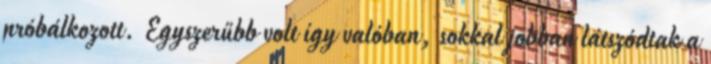
próbálkozott. Egyszerűbb volt így valóban, sokkal jobban látszódtak a